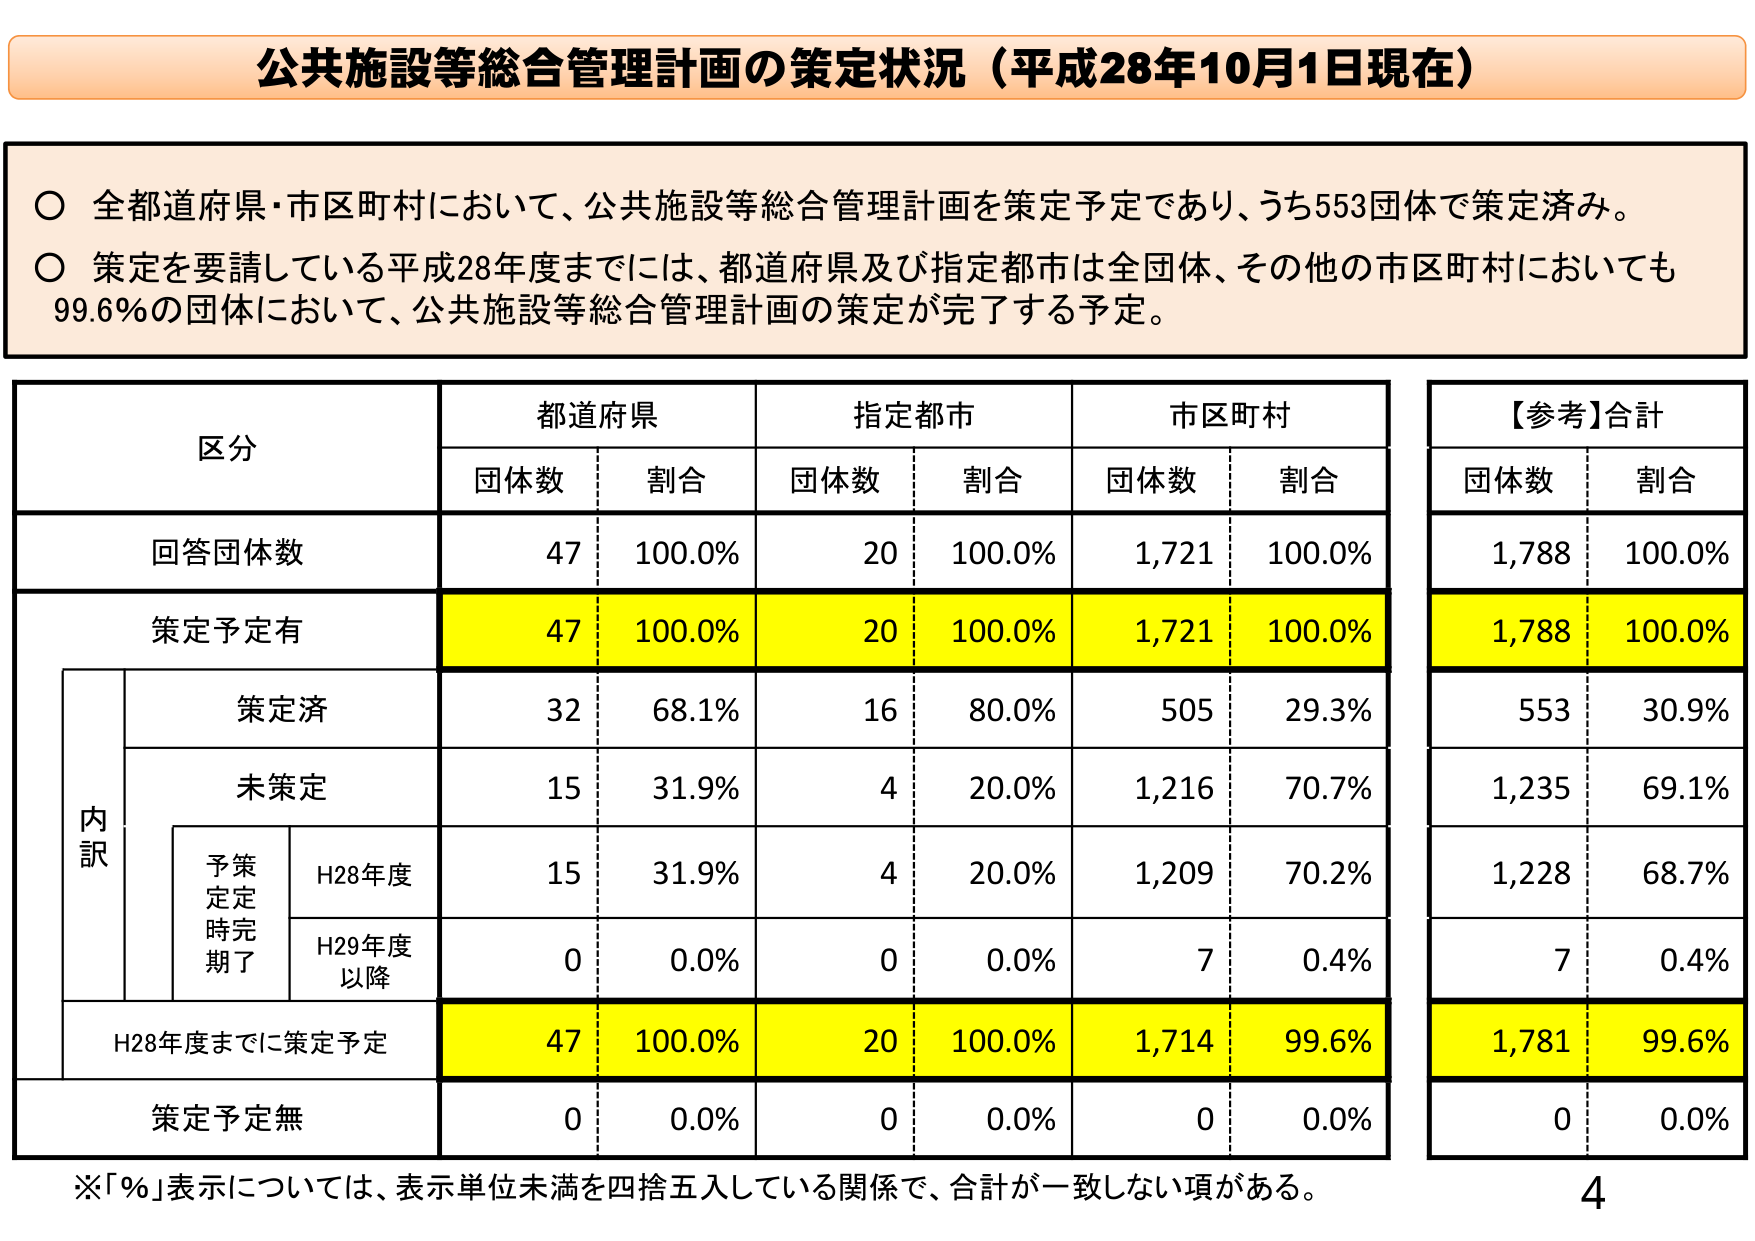
公共施設等総合管理計画の策定状況（平成28年10月1日現在）

○ 全都道府県・市区町村において、公共施設等総合管理計画を策定予定であり、うち553団体で策定済み。
○ 策定を要請している平成28年度までには、都道府県及び指定都市は全団体、その他の市区町村においても99.6％の団体において、公共施設等総合管理計画の策定が完了する予定。

区分　　都道府県　　指定都市　　市区町村　　【参考】合計
　　　　団体数　割合　　団体数　割合　　団体数　割合　　団体数　割合
回答団体数　　47　100.0%　　20　100.0%　　1,721　100.0%　　1,788　100.0%
策定予定有　　47　100.0%　　20　100.0%　　1,721　100.0%　　1,788　100.0%
　　　内訳　　策定済　　32　68.1%　　16　80.0%　　505　29.3%　　553　30.9%
　　　　　　　未策定　　15　31.9%　　4　20.0%　　1,216　70.7%　　1,235　69.1%
　　　　　　　　予策　　H28年度　　15　31.9%　　4　20.0%　　1,209　70.2%　　1,228　68.7%
　　　　　　　　定定　　時完了　　0　0.0%　　0　0.0%　　7　0.4%　　7　0.4%
　　　　　　　　H29年度
　　　　　　　　以降
　　　　H28年度までに策定予定　　47　100.0%　　20　100.0%　　1,714　99.6%　　1,781　99.6%
　　　　策定予定無　　0　0.0%　　0　0.0%　　0　0.0%　　0　0.0%

※「％」表示については、表示単位未満を四捨五入している関係で、合計が一致しない項がある。
4